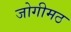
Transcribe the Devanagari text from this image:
जोगीमठ